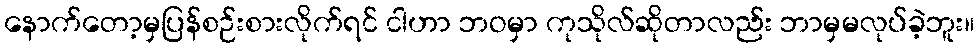
နောက်တော့မှပြန်စဉ်းစားလိုက်ရင် ငါဟာ ဘဝမှာ ကုသိုလ်ဆိုတာလည်း ဘာမှမလုပ်ခဲ့ဘူး။